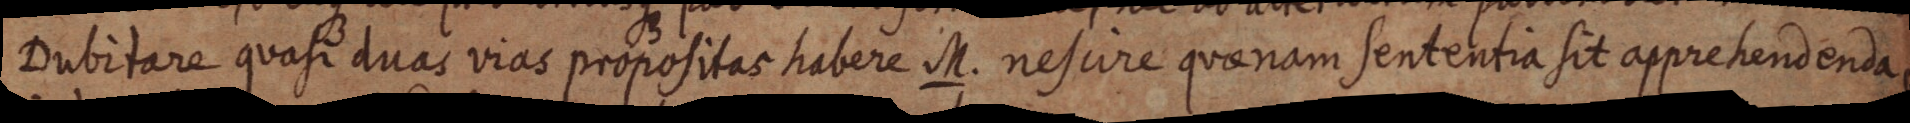
Dubitare quasi duas vias propositas habere M. nescire quaenam sententia sit apprehendenda,